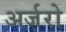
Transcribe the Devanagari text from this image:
अर्जरो